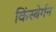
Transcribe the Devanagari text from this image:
किंस्बेर्गन